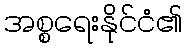
အစ္စရေးနိုင်ငံ၏